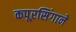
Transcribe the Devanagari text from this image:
कपूरसिंगाने